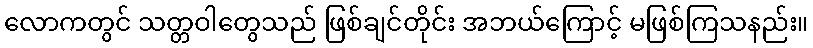
လောကတွင် သတ္တဝါတွေသည် ဖြစ်ချင်တိုင်း အဘယ်ကြောင့် မဖြစ်ကြသနည်း။